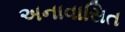
અનાવાસિત